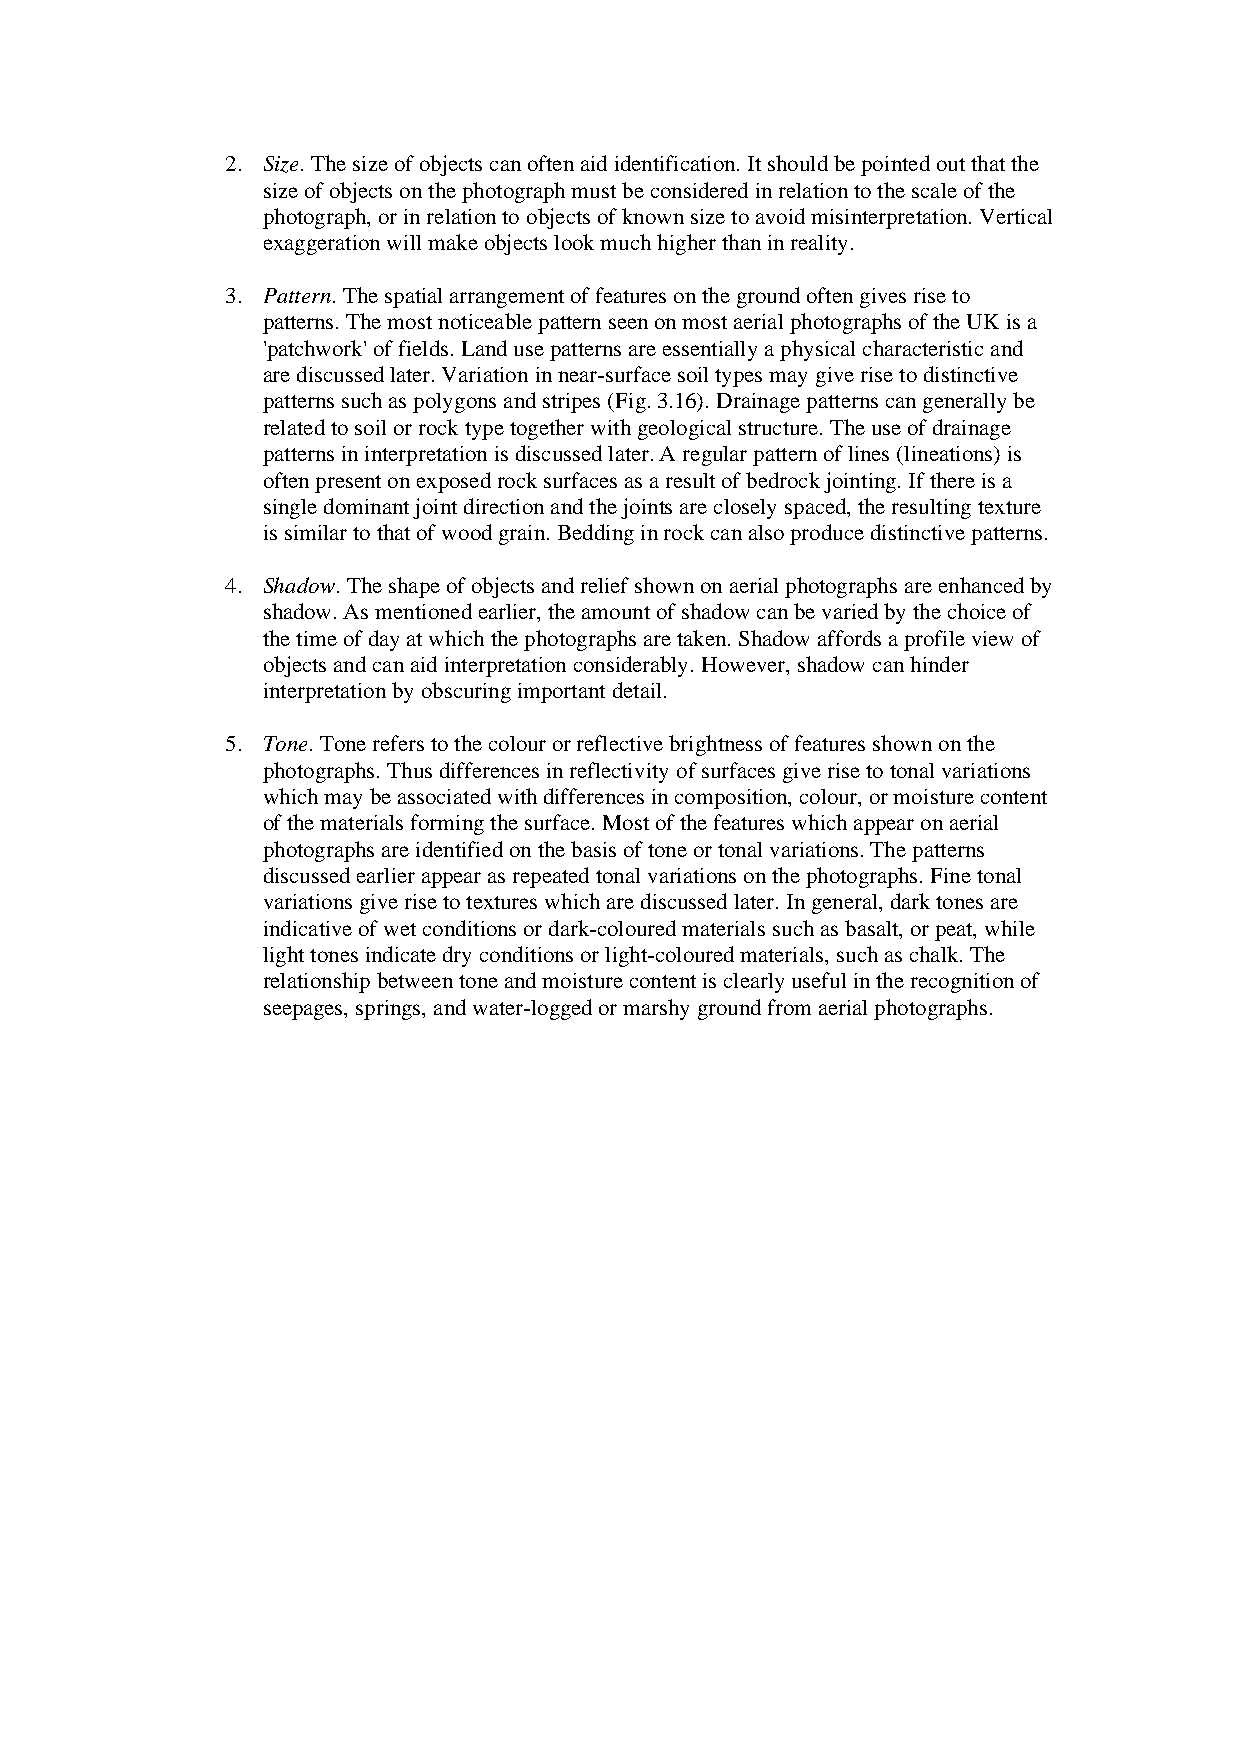
2. Size. The size of objects can often aid identification. It should be pointed out that the
 size of objects on the photograph must be considered in relation to the scale of the
 photograph, or in relation to objects of known size to avoid misinterpretation. Vertical
 exaggeration will make objects look much higher than in reality.
 3. Pattern. The spatial arrangement of features on the ground often gives rise to
 patterns. The most noticeable pattern seen on most aerial photographs of the UK is a
 'patchwork' of fields. Land use patterns are essentially a physical characteristic and
 are discussed later. Variation in near-surface soil types may give rise to distinctive
 patterns such as polygons and stripes (Fig. 3.16). Drainage patterns can generally be
 related to soil or rock type together with geological structure. The use of drainage
 patterns in interpretation is discussed later. A regular pattern of lines (lineations) is
 often present on exposed rock surfaces as a result of bedrock jointing. If there is a
 single dominant joint direction and the joints are closely spaced, the resulting texture
 is similar to that of wood grain. Bedding in rock can also produce distinctive patterns.
 4. Shadow. The shape of objects and relief shown on aerial photographs are enhanced by
 shadow. As mentioned earlier, the amount of shadow can be varied by the choice of
 the time of day at which the photographs are taken. Shadow affords a profile view of
 objects and can aid interpretation considerably. However, shadow can hinder
 interpretation by obscuring important detail.
 5. Tone. Tone refers to the colour or reflective brightness of features shown on the
 photographs. Thus differences in reflectivity of surfaces give rise to tonal variations
 which may be associated with differences in composition, colour, or moisture content
 of the materials forming the surface. Most of the features which appear on aerial
 photographs are identified on the basis of tone or tonal variations. The patterns
 discussed earlier appear as repeated tonal variations on the photographs. Fine tonal
 variations give rise to textures which are discussed later. In general, dark tones are
 indicative of wet conditions or dark-coloured materials such as basalt, or peat, while
 light tones indicate dry conditions or light-coloured materials, such as chalk. The
 relationship between tone and moisture content is clearly useful in the recognition of
 seepages, springs, and water-logged or marshy ground from aerial photographs.